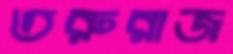
তরুরাজ